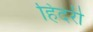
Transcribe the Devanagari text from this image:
हिंदरी